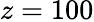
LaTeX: z=100